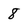
Character: 8